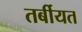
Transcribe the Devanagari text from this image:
तर्बीयत